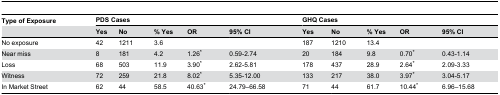
| Type of Exposure | <COLSPAN=5> PDS Cases | <COLSPAN=5> GHQ Cases |
 |  | Yes | No | % Yes | OR | 95% CI | Yes | No | % Yes | OR | 95% CI |
 | --- | --- | --- | --- | --- | --- | --- | --- | --- | --- | --- |
 | No exposure | 42 | 1211 | 3.6 |  |  | 187 | 1210 | 13.4 |  |  |
 | Near miss | 8 | 181 | 4.2 | 1.26* | 0.59-2.74 | 20 | 184 | 9.8 | 0.70* | 0.43-1.14 |
 | Loss | 68 | 503 | 11.9 | 3.90* | 2.62-5.81 | 178 | 437 | 28.9 | 2.64* | 2.09-3.33 |
 | Witness | 72 | 259 | 21.8 | 8.02* | 5.35-12.00 | 133 | 217 | 38.0 | 3.97* | 3.04-5.17 |
 | In Market Street | 62 | 44 | 58.5 | 40.63* | 24.79–66.58 | 71 | 44 | 61.7 | 10.44* | 6.96–15.68 |